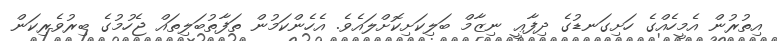
އިތުރުން އެމީހެއްގެ ހަށިގަނޑުގެ ދިފާޢީ ނިޒާމް ބަލިކަށިކޮށްލައެވެ. އެހެންކަމުން ތަފާތުބަލިތައް ޖެހުމުގެ ބިރުވެރިކަން